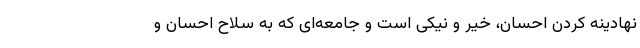
نهادینه کردن احسان، خیر و نیکی است و جامعه‌ای که به سلاح احسان و